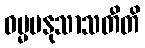
ဓမ္မမနုသာသတီတိ